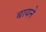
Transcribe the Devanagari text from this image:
बायने